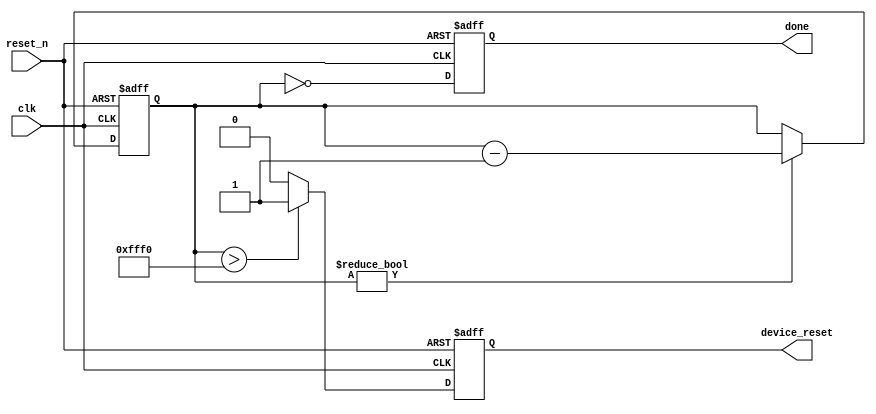
// Module to time the reset and wait sequence for the AFE7225
// Time for successful reset not specified
// Reset high-time must be >100ns
module afe_reset_timer
       (
         input clk, reset_n,
         output device_reset,
         output done
       );

reg [ 15: 0 ] counter;
reg device_reset_reg, done_reg;

assign device_reset = device_reset_reg;
assign done = done_reg;

always @( posedge clk or negedge reset_n ) begin
  if ( ~reset_n )
  begin
    counter <= 16'hFFFF;
    device_reset_reg <= 1'b1;  // Default to resetting device
    done_reg <= 1'b0;
  end else
  begin
    // Count down, then stop
    if ( counter != 16'b0 )
    begin
      counter <= counter - 1'b1;
    end

    // Run the reset for some more cycles
    if ( counter > 16'hFFF0 )
    begin
      // Maintaining active-high reset
      device_reset_reg <= 1'b1;
    end else
    begin
      device_reset_reg <= 1'b0;
    end

    // Declare the reset done when the counter hits zero
    done_reg <= ( counter == 16'b0 );
  end
end

endmodule